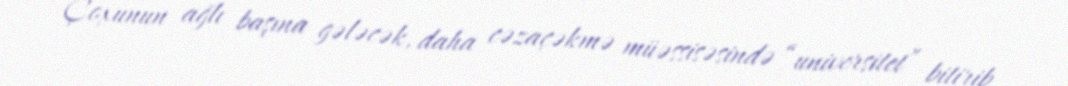
Çoxunun ağlı başına gələcək, daha cəzaçəkmə müəssisəsində “universitet” bitirib